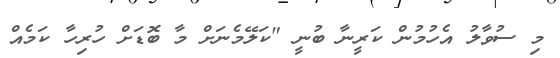
މި ސުވާލު އެހުމުން ކަރީނާ ބުނީ "ކަލޭމެނަށް މާ ބޮޑަށް ހުރިހާ ކަމެއް